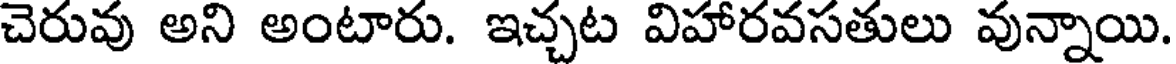
చెరువు అని అంటారు. ఇచ్చట విహారవసతులు వున్నాయి.